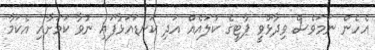
އެހެން ނަމަވެސް ވިދާޅުވީ ޕާޓީގެ ކުލައެއް އަދި ކަނޑައަޅާފައި ނުވާ ކަމަށާއި އެކަމާ